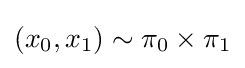
(x_{0},x_{1})\sim \pi _{0}\times \pi _{1}